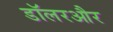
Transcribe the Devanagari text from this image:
डॉलरऔर